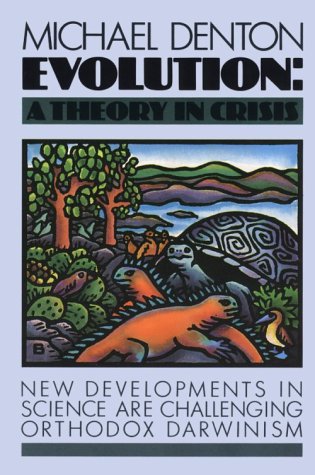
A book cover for Evolution: A Theory In Crisis; Michael Denton; Science & Math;